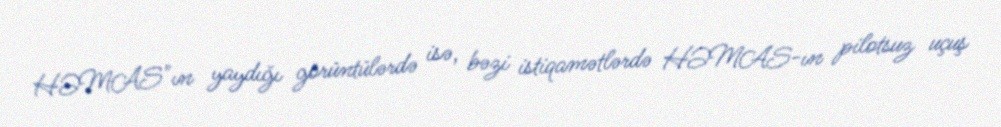
HƏMAS"ın yaydığı görüntülərdə isə, bəzi istiqamətlərdə HƏMAS-ın pilotsuz uçuş